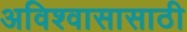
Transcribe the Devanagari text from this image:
अविश्‍वासासाठी